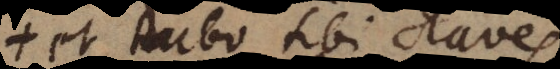
et dabo tibi claves